Document type: Oath
Year: 1405
Scribe: Guillem de Lledó
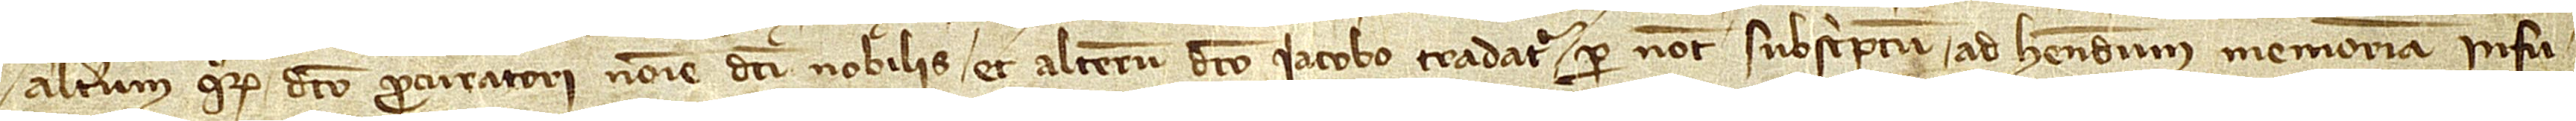
alterum quorum dicto procuratori nomine dicti nobilis et alterum dicto Iacobo tradatur, per notarium subscriptum, ad habendum memoriam in fu